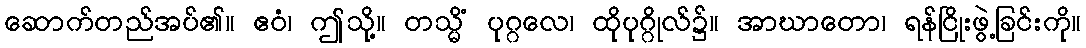
ဆောက်တည်အပ်၏။ ဧဝံ၊ ဤသို့။ တသ္မိံ ပုဂ္ဂလေ၊ ထိုပုဂ္ဂိုလ်၌။ အာဃာတော၊ ရန်ငြိုးဖွဲ့ခြင်းကို။